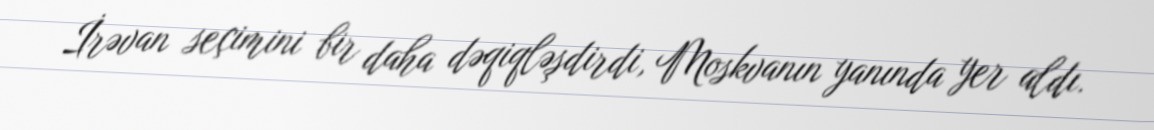
İrəvan seçimini bir daha dəqiqləşdirdi, Moskvanın yanında yer aldı.